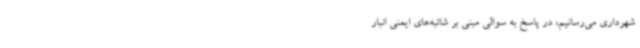
شهرداری می‌رسانیم، در پاسخ به سوالی مبنی بر شائبه‌های ایمنی انبار